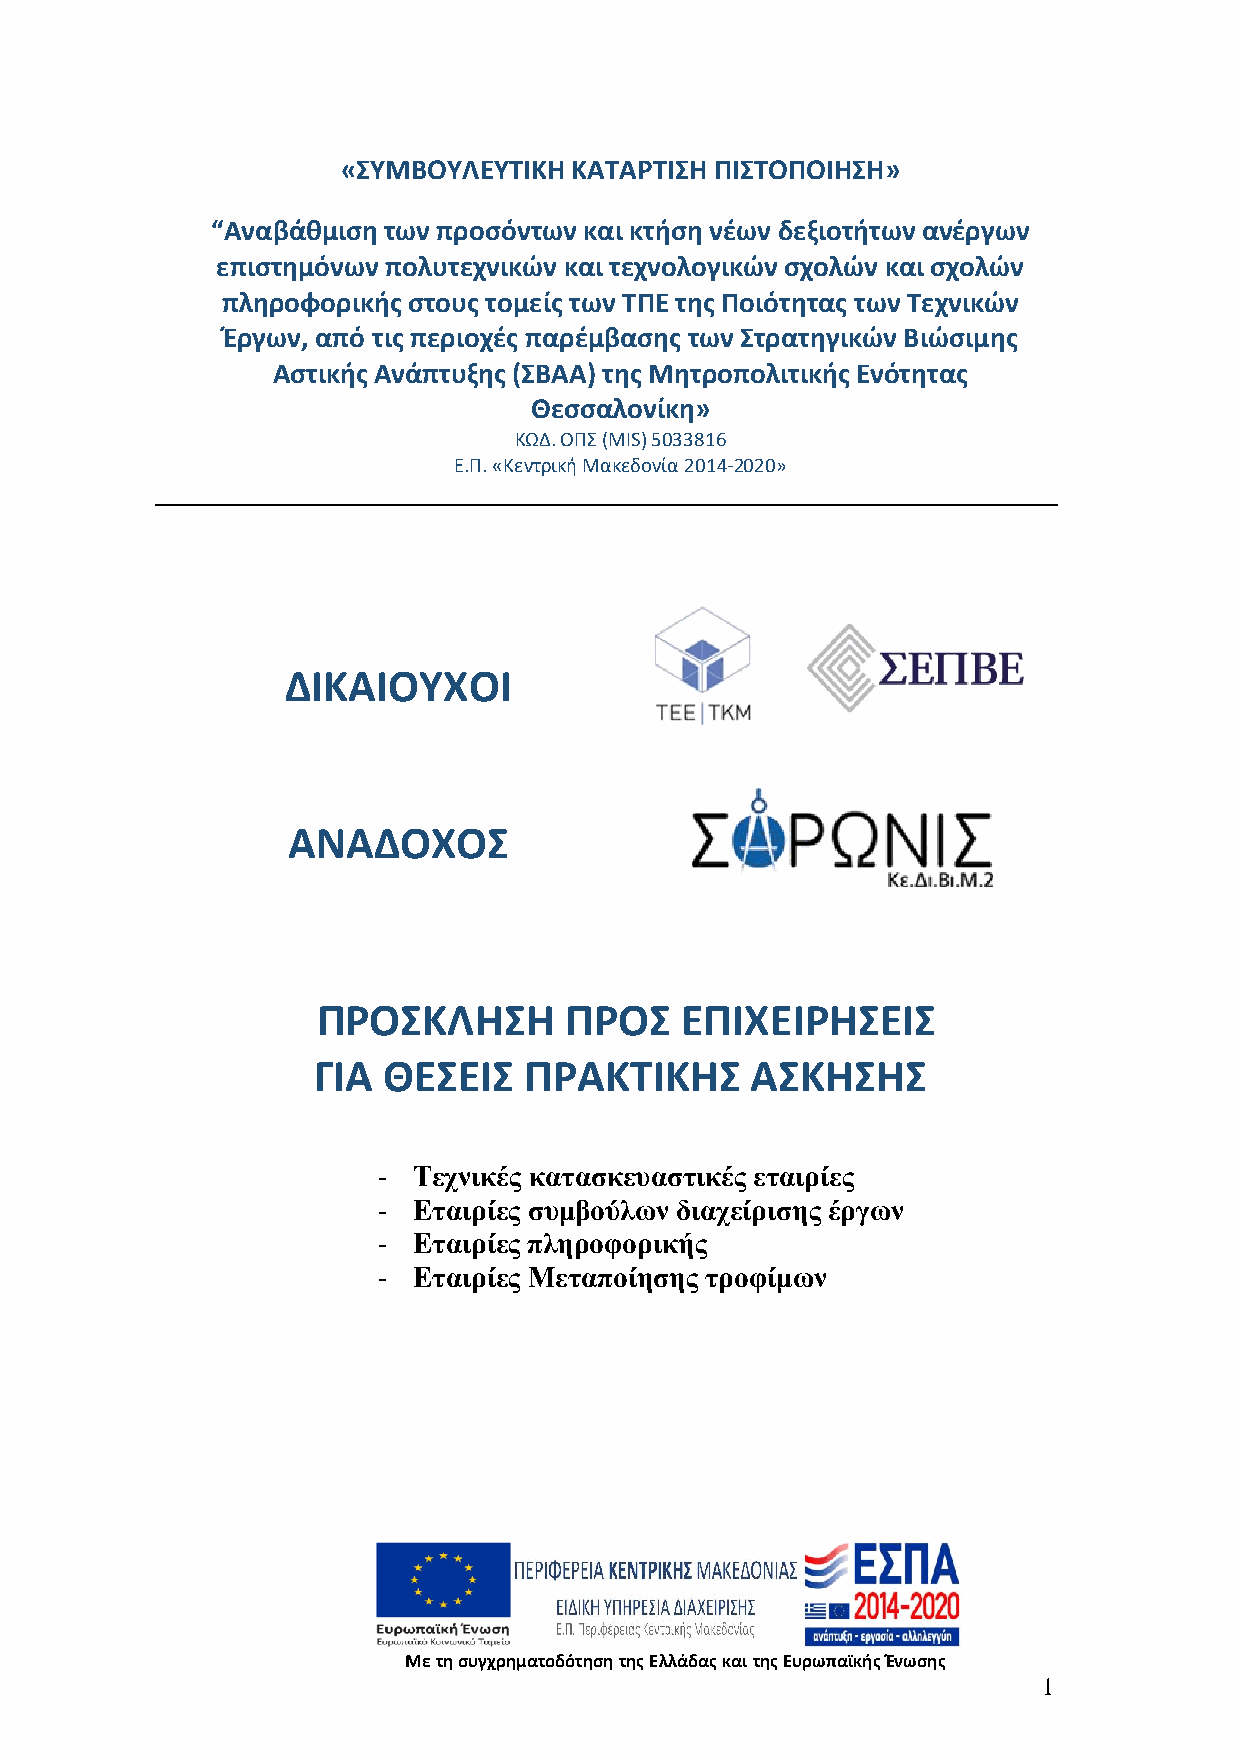
«ΣΥΜΒΟΥΛΕΥΤΙΚΗ ΚΑΤΑΡΤΙΣΗ ΠΙΣΤΟΠΟΙΗΣΗ»
 “Αναβάθμιση των προσόντων και κτήση νέων δεξιοτήτων ανέργων
 επιστημόνων πολυτεχνικών και τεχνολογικών σχολών και σχολών
 πληροφορικής στους τομείς των ΤΠΕ της Ποιότητας των Τεχνικών
 Έργων, από τις περιοχές παρέμβασης των Στρατηγικών Βιώσιμης
 Αστικής Ανάπτυξης (ΣΒΑΑ) της Μητροπολιτικής Ενότητας
 Θεσσαλονίκη»
 ΚΩΔ. ΟΠΣ (MIS) 5033816
 Ε.Π. «Κεντρική Μακεδονία 2014-2020»
 ΔΙΚΑΙΟΥΧΟΙ
 ΑΝΑΔΟΧΟΣ
 ΠΡΟΣΚΛΗΣΗ       ΠΡΟΣ    ΕΠΙΧΕΙΡΗΣΕΙΣ
 ΓΙΑ ΘΕΣΕΙΣ    ΠΡΑΚΤΙΚΗΣ      ΑΣΚΗΣΗΣ
 - Τεχνικές κατασκευαστικές εταιρίες
 - Εταιρίες συμβούλων διαχείρισης έργων
 - Εταιρίες πληροφορικής
 - Εταιρίες Μεταποίησης τροφίμων
 Με τη συγχρηματοδότηση της Ελλάδας και της Ευρωπαϊκής Ένωσης
 1